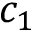
c _ { 1 }